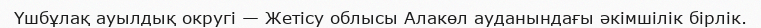
Үшбұлақ ауылдық округі — Жетісу облысы Алакөл ауданындағы әкімшілік бірлік.